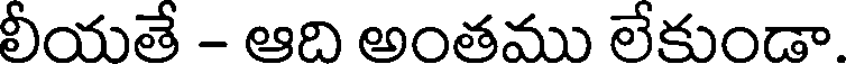
లీయతే - ఆది అంతము లేకుండా